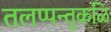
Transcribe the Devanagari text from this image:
तलप्पन्तुकळि